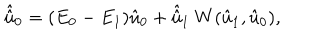
LaTeX: \hat { \hat { u } } _ { 0 } = ( E _ { 0 } - E _ { 1 } ) \hat { u } _ { 0 } + \hat { \hat { u } } _ { 1 } { } ~ W ( \hat { u } _ { 1 } , \hat { u } _ { 0 } ) ,